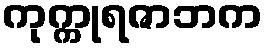
ကုက္ကုရဇာဘက